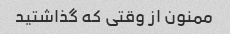
ممنون از وقتی که گذاشتید